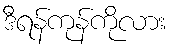
ဒီရန်ကုန်ကိုလား